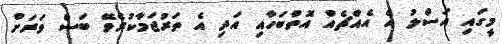
މީގައި އަސްލު އެ އެއްޗެއް އޮތްބަހާއި އަދި އެ ތަރުޖަމާކުރެވޭ ބަސް ވަރަށް